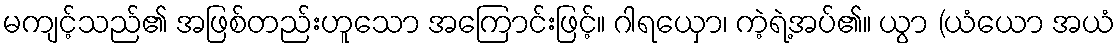
မကျင့်သည်၏ အဖြစ်တည်းဟူသော အကြောင်းဖြင့်။ ဂါရယှော၊ ကဲ့ရဲ့အပ်၏။ ယွာ (ယံယော အယံ